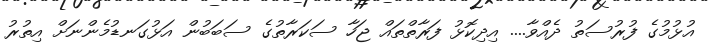
އުޅުމުގެ ފުރުސަތު ދެއްވާ.... އިދިކޮޅު ފަރާތްތައް ޖަހާ ސަކަރާތުގެ ސަބަބުން އަޅުގަނޑުމެންނަށް އިތުރު